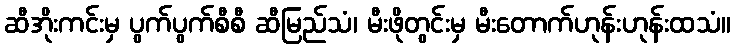
ဆီအိုးကင်းမှ ပွက်ပွက်စီစီ ဆီမြည်သံ၊ မီးဖိုတွင်းမှ မီးတောက်ဟုန်းဟုန်းထသံ။